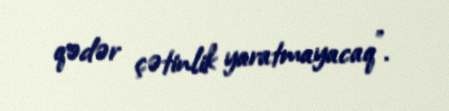
qədər çətinlik yaratmayacaq”.